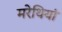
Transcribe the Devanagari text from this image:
मरेथियां